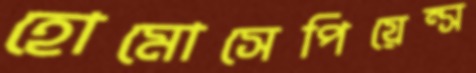
হোমোসেপিয়েন্স